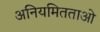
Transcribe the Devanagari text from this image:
अनियमितताओ